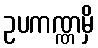
ဥပကဏ္ဏမှိ